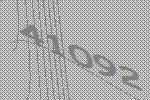
41092